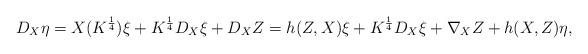
LaTeX: \begin{align*} D_X\eta = X(K^{\frac{1}{4}})\xi + K^{\frac{1}{4}}D_X\xi + D_XZ = h(Z,X)\xi + K^{\frac{1}{4}}D_X\xi + \nabla_XZ + h(X,Z)\eta,\end{align*}